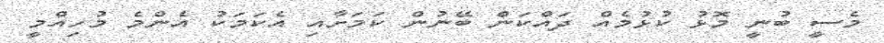
މެސީ ބުނީ މޮޅު ކުޅުމެއް ދައްކަން ބޭނުން ކަމަށާއި އެކަމަކު އެންމެ މުހިއްމީ